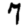
Digit: 7